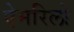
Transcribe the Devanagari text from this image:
ऐमरिलो